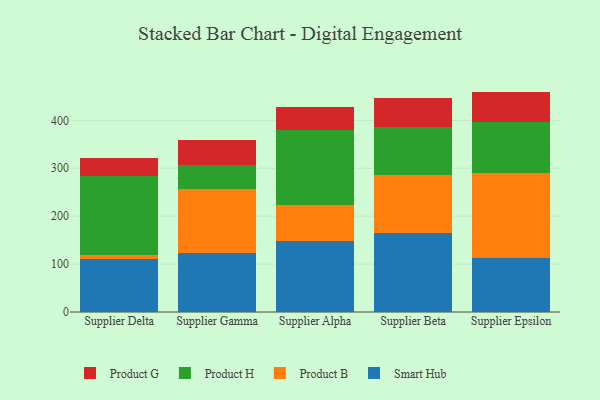
{"axis": {"x": "Supplier", "y": "Latency (ms)"}, "legend": ["Product B", "Product G", "Product H", "Smart Hub"], "data": [{"x": "Supplier Delta", "y": 109.9, "type": "Smart Hub"}, {"x": "Supplier Delta", "y": 9.3, "type": "Product B"}, {"x": "Supplier Delta", "y": 164.1, "type": "Product H"}, {"x": "Supplier Delta", "y": 38.5, "type": "Product G"}, {"x": "Supplier Gamma", "y": 122.5, "type": "Smart Hub"}, {"x": "Supplier Gamma", "y": 134.2, "type": "Product B"}, {"x": "Supplier Gamma", "y": 49.3, "type": "Product H"}, {"x": "Supplier Gamma", "y": 53.0, "type": "Product G"}, {"x": "Supplier Alpha", "y": 148.9, "type": "Smart Hub"}, {"x": "Supplier Alpha", "y": 75.3, "type": "Product B"}, {"x": "Supplier Alpha", "y": 155.5, "type": "Product H"}, {"x": "Supplier Alpha", "y": 47.5, "type": "Product G"}, {"x": "Supplier Beta", "y": 164.6, "type": "Smart Hub"}, {"x": "Supplier Beta", "y": 121.4, "type": "Product B"}, {"x": "Supplier Beta", "y": 99.8, "type": "Product H"}, {"x": "Supplier Beta", "y": 60.7, "type": "Product G"}, {"x": "Supplier Epsilon", "y": 112.6, "type": "Smart Hub"}, {"x": "Supplier Epsilon", "y": 177.6, "type": "Product B"}, {"x": "Supplier Epsilon", "y": 106.9, "type": "Product H"}, {"x": "Supplier Epsilon", "y": 62.8, "type": "Product G"}]}